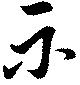
示